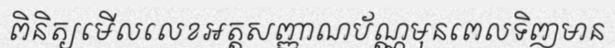
ពិនិត្យមើលលេខអត្តសញ្ញាណប័ណ្ណមុនពេលទិញមាន